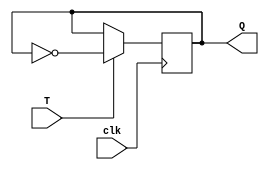
module T_flip_flop (
    input wire T, // T input
    input wire clk, // Clock input
    output reg Q // Output
);

reg D1, D2; // Data inputs for the D flip-flops

// Master flip-flop
always @ (posedge clk)
begin
    D1 <= Q;
    Q <= T ? ~Q : Q; // Toggle Q based on T input
end

// Slave flip-flop
always @ (posedge clk)
begin
    D2 <= D1;
end

endmodule